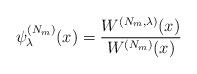
LaTeX: \begin{align*} \psi _{\lambda }^{( N_{m}) }(x)=\frac{W^{( N_{m},\lambda ) }(x) }{W^{( N_{m}) }(x) } \end{align*}